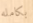
بكامله